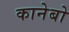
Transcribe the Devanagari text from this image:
कानेबो